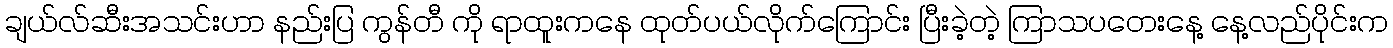
ချယ်လ်ဆီးအသင်းဟာ နည်းပြ ကွန်တီ ကို ရာထူးကနေ ထုတ်ပယ်လိုက်ကြောင်း ပြီးခဲ့တဲ့ ကြာသပတေးနေ့ နေ့လည်ပိုင်းက